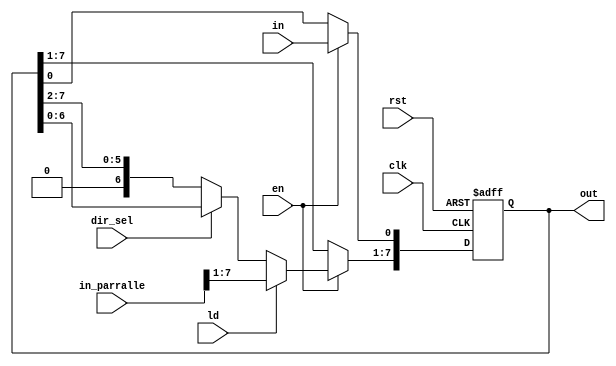

module shift_mode(
			
			clk,
			rst,
			in,
			dir_sel,
			en,
			
			ld,
			in_parralle,
			out
		);
	
	parameter width = 7;
	
	
	input clk;
	input rst;
	input in;
	input [width:0] in_parralle;
	
	input dir_sel;
	input en;
	input ld;
	
	output [width:0] out;

	
	reg [width:0] buffer;
	
	assign out = buffer;

	
	// data shift.
	always @(posedge clk or negedge rst)		
	begin	
		
		if(!rst)
			buffer <= 0;
			
		else if(en)
		begin
			if(ld)
				buffer <= in_parralle;
			
			else if(dir_sel)
				buffer <= (buffer << 1);
			else
				buffer <= (buffer >> 1);
				
			buffer[0] <= in;
		
		end

	end

	
endmodule